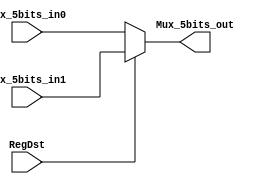
`timescale 1ns / 1ps

module Mux_5bits(Mux_5bits_out, Mux_5bits_in0, Mux_5bits_in1, RegDst);

	output [4:0]Mux_5bits_out;
	reg [4:0]Mux_5bits_out;
	input [4:0]Mux_5bits_in0;
	input [4:0]Mux_5bits_in1;
	input RegDst;

	always@(*)
	begin
		if(RegDst == 1'b0 )begin
			Mux_5bits_out = Mux_5bits_in0;
		end
		else begin
			Mux_5bits_out = Mux_5bits_in1;
		end
	end

endmodule